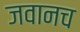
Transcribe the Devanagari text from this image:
जवानच